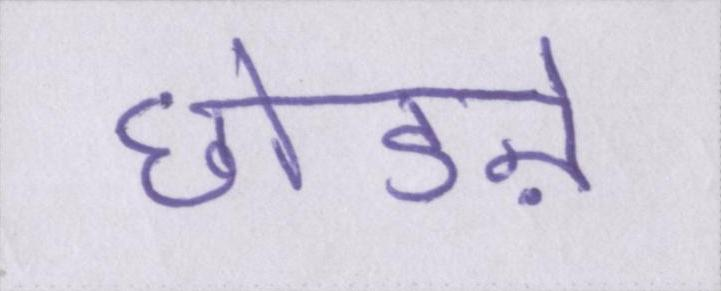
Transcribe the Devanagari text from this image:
छोडऩे